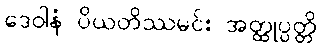
ဒေဝါနံ ပိယတိဿမင်း အတ္ထုပ္ပတ္တိ